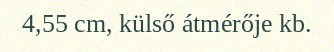
4,55 cm, külső átmérője kb.